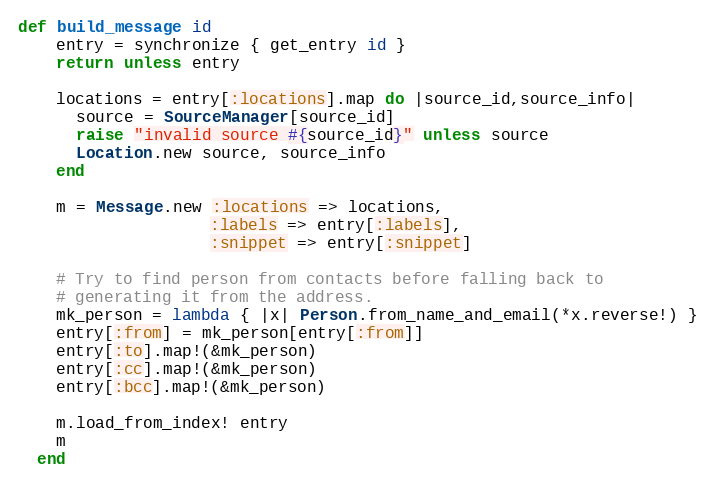
Language: Ruby
def build_message id
    entry = synchronize { get_entry id }
    return unless entry

    locations = entry[:locations].map do |source_id,source_info|
      source = SourceManager[source_id]
      raise "invalid source #{source_id}" unless source
      Location.new source, source_info
    end

    m = Message.new :locations => locations,
                    :labels => entry[:labels],
                    :snippet => entry[:snippet]

    # Try to find person from contacts before falling back to
    # generating it from the address.
    mk_person = lambda { |x| Person.from_name_and_email(*x.reverse!) }
    entry[:from] = mk_person[entry[:from]]
    entry[:to].map!(&mk_person)
    entry[:cc].map!(&mk_person)
    entry[:bcc].map!(&mk_person)

    m.load_from_index! entry
    m
  end